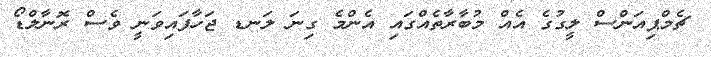
ޗެމްޕިއަންސް ލީގުގެ އެއް މުބާރާތެއްގައި އެންމެ ގިނަ ލަނޑ ޖަހާފައިވަނީ ވެސް ރޮނާލްޑޯ